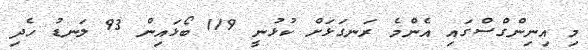
މި އިނިންގްސްގައި އެންމެ ރަނގަޅަށް ކުޅުނީ 119 ބޯޅައިން 93 ލަނޑު ހެދި